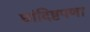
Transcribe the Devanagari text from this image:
छांदिष्टपणा